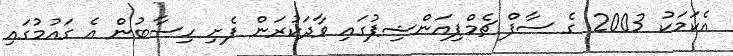
އެކަމަކު 2003 ގެ ސާފް ޗެމްޕިއަންޝިޕުގައި ވާދަކުރަން ފެށި ހިސާބުން އެ ގައުމުގައި